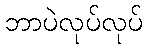
ဘာပဲလုပ်လုပ်